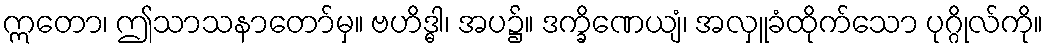
ဣတော၊ ဤသာသနာတော်မှ။ ဗဟိဒ္ဓါ၊ အပ၌။ ဒက္ခိဏေယျံ၊ အလှူခံထိုက်သော ပုဂ္ဂိုလ်ကို။